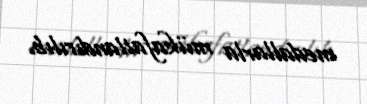
medallarla mükafatlandırılıb.